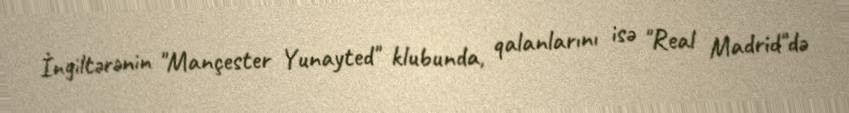
İngiltərənin "Mançester Yunayted" klubunda, qalanlarını isə "Real Madrid"də